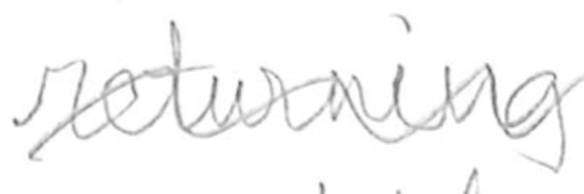
Text: returning
Cross-out: wave
Writing tool: pencil